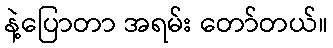
နဲ့ပြောတာ အရမ်း တော်တယ်။